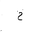
Letter: _ha